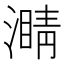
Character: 𤀜